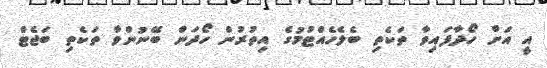
އީ އަށް ހޯދާފައިވާ ތަކެތި ބެލެހެއްޓުމުގެ އިތުރުން ހޯދަން ބޭނުންވާ ތަކެތި ބަޖެޓް